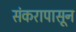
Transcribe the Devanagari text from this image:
संकरापासून